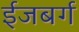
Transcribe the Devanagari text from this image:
ईजबर्ग